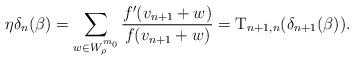
LaTeX: \begin{align*}\eta \delta_n(\beta) = \sum_{w \in W_{\rho}^{m_0}} \dfrac{f'(v_{n+1} +w)}{f(v_{n+1} +w)} = \operatorname{T}_{n+1,n} (\delta_{n+1}(\beta)).\end{align*}